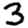
Digit: 3